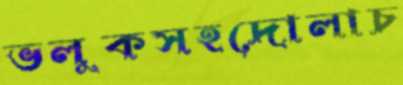
ভলুকসহদোলাচ